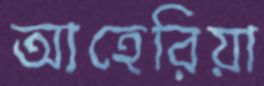
আহেরিয়া